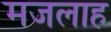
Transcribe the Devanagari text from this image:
मजलाह